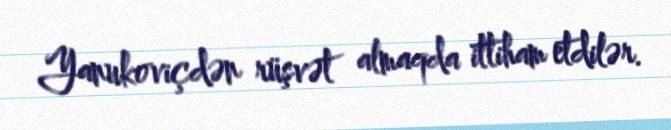
Yanukoviçdən rüşvət almaqda ittiham etdilər.